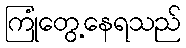
ကြုံတွေ့နေရသည်